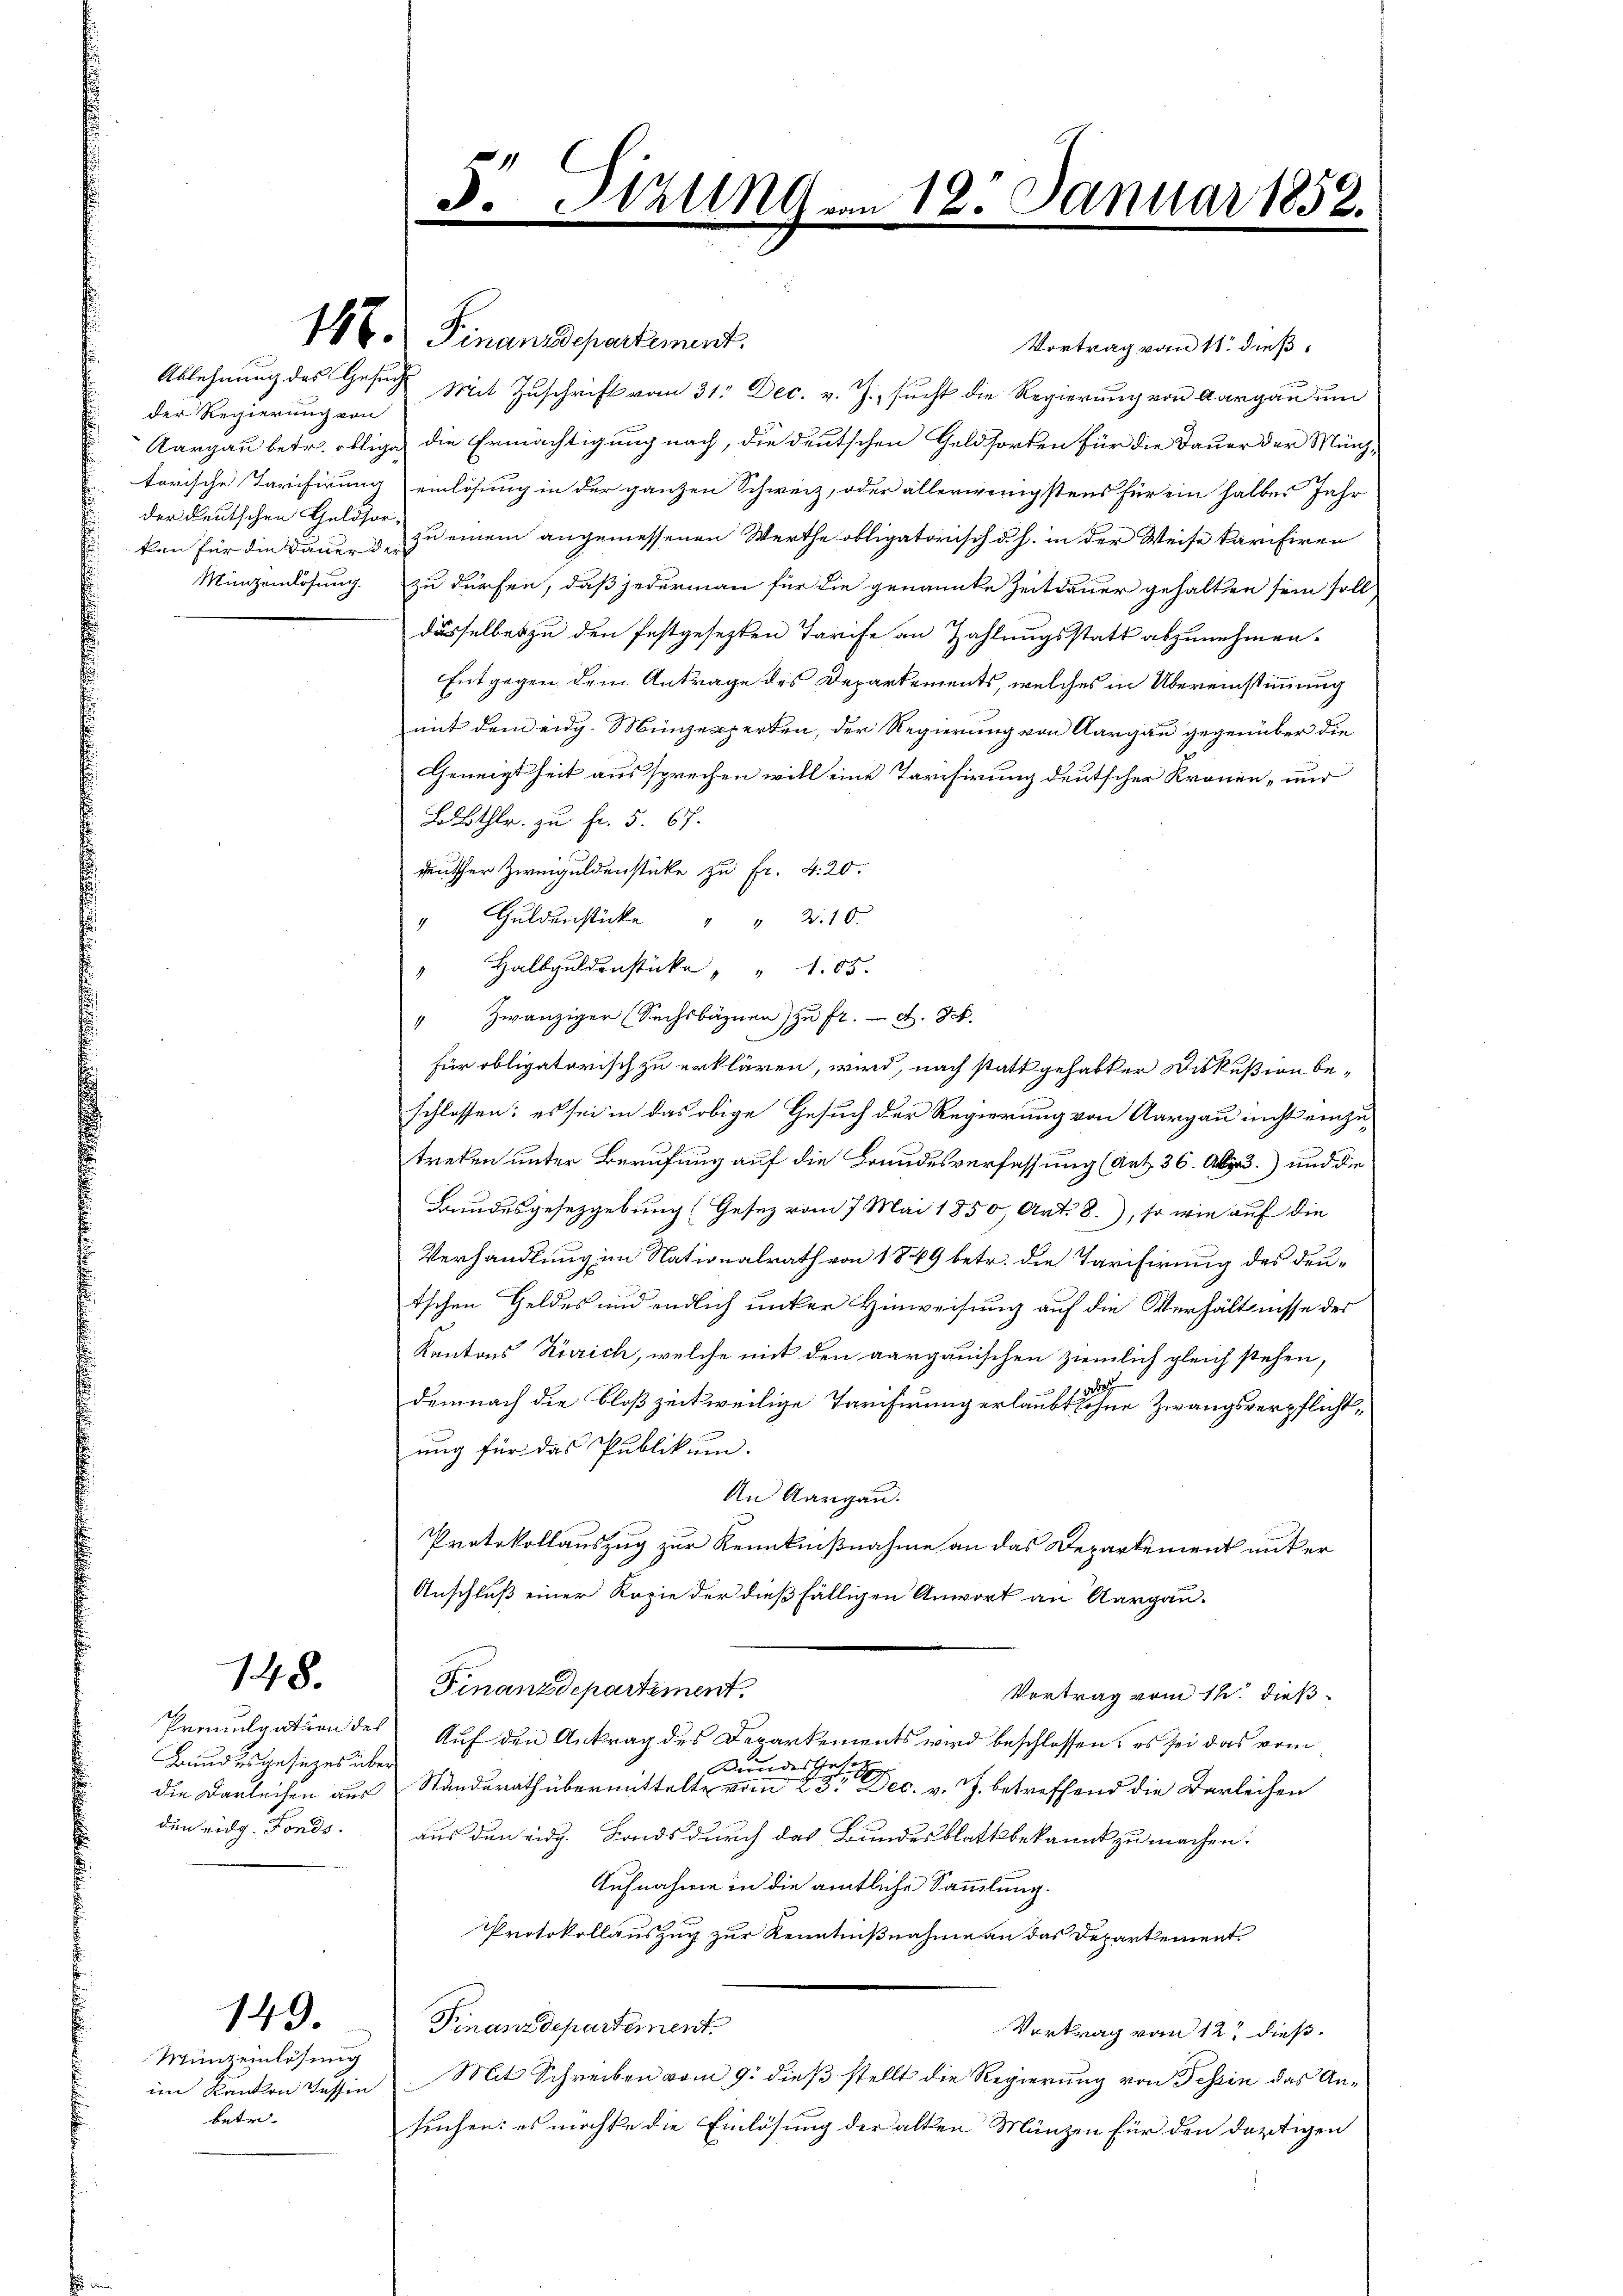
der Regierung von
der deutschen Geldsor-
Mizeinlösung.

148.

Promulgation de
Grundesgesetzes üb
die Darleihen aus
den eing. Fonds.

Münzeinlösung
im Kanton Tessin
betr.

149.

146. Finanzdepartement.
Vortrag vom 11. dieß
Ablehnung des Gesuch Mit Zuschrift vom 31. Dec. v. J. sucht die Regierung von Aargau um
Aargau betr. oblige die Ermächtigung nach, die deutschen Geldsorten für die Dauer der Münztorische Tarifirung einlösung in der ganzen Schweiz, oder allerwenigstens für ein halbes Jahr
ken für die Dauer 3 zu einem angemessenen Werthe obligatorisch d. h. in der Weise karisiren
zu dürfen, daß jederman für die genannte Zeitdauer gehalten sein soll
dasselbes zu den festgesezten Tarife an Zahlungsstatt abzunehmen.
Entgegen dem Antrage des Departements, welches in Übereinstimmung
mit dem eidg. Münzexperten, der Regierung von Aargau gegenüber die
Geneigtheit aussprechen will eine Tarifirung deutscher Kronen- und
Bthlr. zu fr. 5. 67.
deuter Zweiguldenstüke zu Fr. 4. 20.
" Guldenstücke " " 210.
Halbguldenstücke " " 105.
" Zwanziger (Sechsbäznen zŭ fr. Z. 84.
für obligatorisch zu erklären, wird, nach statt gehabter Diskußion beschlossen: es sei in das obige Gesuch der Regierung von Aargau nicht einzutreten unter Berufung auf die Brandesverfassung (Art. 36. Abges.) und die
Bundesgesetzgebung (Gesetz vom 7. Mai 1850, Art. 8.), so wie auf die
Verhandlung im Nationalrath von 1849 betr. die Tarifirung des deutschen Geldes und endlich unter Hinweisung auf die Verhältnisse des
Kantons Zürich, welche mit den aargauischen ziemlich gleich stehen,
1
demnach die bloß zeitweilige Tarifirung erlaubt ohne Zwangsverpflicht,
ung für das Publikum.
An Aargau.
Protokollauszug zur Kenntnißnahme an das Departement unter
Anschluß einer Kopie der dießfälligen Anwort an Aargau.
Finanzdepartement.
Vortrag vom 12. dieß
Auf den Antrag des Departements wird beschlossen, es sei das vom
Brindesthafer
Standesrath übermittelte vom 25ten Dec. v. J. betreffend die Darleihen
aus den eidg. Fonds durch das Bundesblattbekannt zu machen.
Aufnahme in die amtliche Sammlung.
Protokollauszug zur Kenntnißnahme an das Departement
Finanzdepartement
Vertrag vom 12t dieß.
Mit Schreiben vom 9. dieß stellt die Regierung von Tessin das Antuchen: es möchte die Einlösung der alten Münzen für den dortigen

5. Sitzung von 12. Januar 1852.
.
u